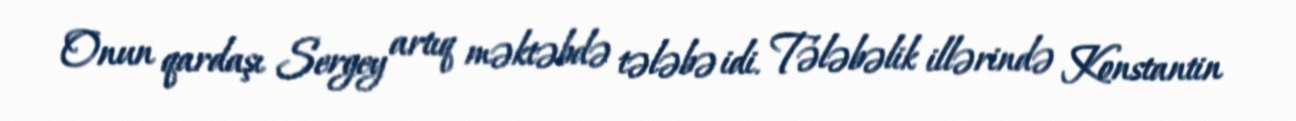
Onun qardaşı Sergey artıq məktəbdə tələbə idi. Tələbəlik illərində Konstantin